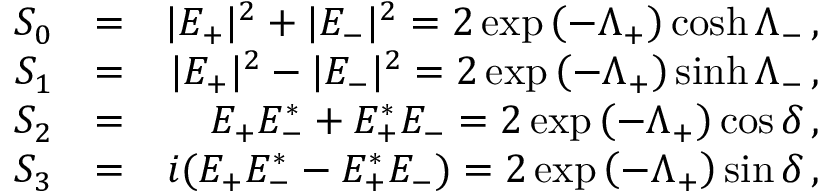
\begin{array} { r l r } { S _ { 0 } } & { = } & { | E _ { + } | ^ { 2 } + | E _ { - } | ^ { 2 } = 2 \exp \left( - \Lambda _ { + } \right) \cosh \Lambda _ { - } \, , } \\ { S _ { 1 } } & { = } & { | E _ { + } | ^ { 2 } - | E _ { - } | ^ { 2 } = 2 \exp \left( - \Lambda _ { + } \right) \sinh \Lambda _ { - } \, , } \\ { S _ { 2 } } & { = } & { E _ { + } E _ { - } ^ { * } + E _ { + } ^ { * } E _ { - } = 2 \exp \left( - \Lambda _ { + } \right) \cos \delta \, , } \\ { S _ { 3 } } & { = } & { i ( E _ { + } E _ { - } ^ { * } - E _ { + } ^ { * } E _ { - } ) = 2 \exp \left( - \Lambda _ { + } \right) \sin \delta \, , } \end{array}